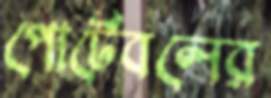
পোর্টেবলের